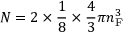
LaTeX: N = 2 \times { \frac { 1 } { 8 } } \times { \frac { 4 } { 3 } } \pi n _ { \mathrm { F } } ^ { 3 }